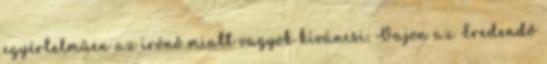
egyértelműen az írónő miatt vagyok kíváncsi. Vajon az Eredendő